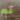
تم